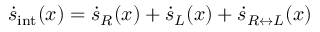
\dot { s } _ { \mathrm { i n t } } ( x ) = \dot { s } _ { R } ( x ) + \dot { s } _ { L } ( x ) + \dot { s } _ { R \leftrightarrow L } ( x )